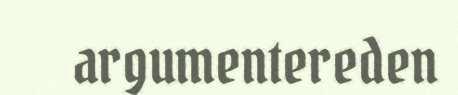
argumentereden